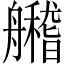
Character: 𦪼